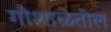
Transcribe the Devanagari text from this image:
गौशाळेतील